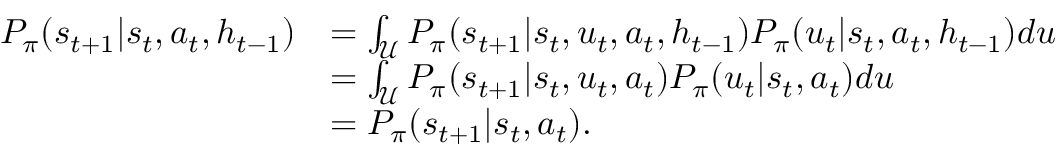
\begin{array} { r l } { P _ { \pi } ( s _ { t + 1 } | s _ { t } , a _ { t } , h _ { t - 1 } ) } & { = \int _ { \mathcal { U } } P _ { \pi } ( s _ { t + 1 } | s _ { t } , u _ { t } , a _ { t } , h _ { t - 1 } ) P _ { \pi } ( u _ { t } | s _ { t } , a _ { t } , h _ { t - 1 } ) d u } \\ & { = \int _ { \mathcal { U } } P _ { \pi } ( s _ { t + 1 } | s _ { t } , u _ { t } , a _ { t } ) P _ { \pi } ( u _ { t } | s _ { t } , a _ { t } ) d u } \\ & { = P _ { \pi } ( s _ { t + 1 } | s _ { t } , a _ { t } ) . } \end{array}